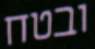
ובטח